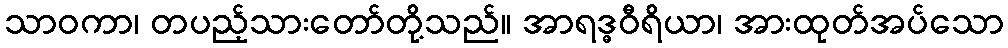
သာဝကာ၊ တပည့်သားတော်တို့သည်။ အာရဒ္ဓဝီရိယာ၊ အားထုတ်အပ်သော